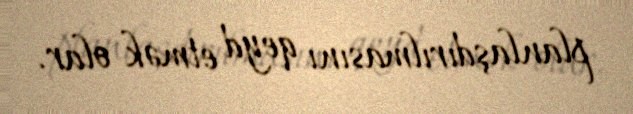
planlaşdırılmasını qeyd etmək olar.